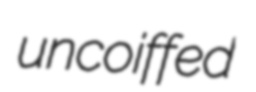
uncoiffed